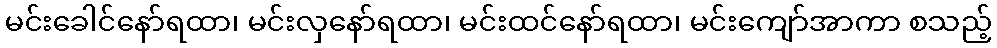
မင်းခေါင်နော်ရထာ၊ မင်းလှနော်ရထာ၊ မင်းထင်နော်ရထာ၊ မင်းကျော်အာကာ စသည့်